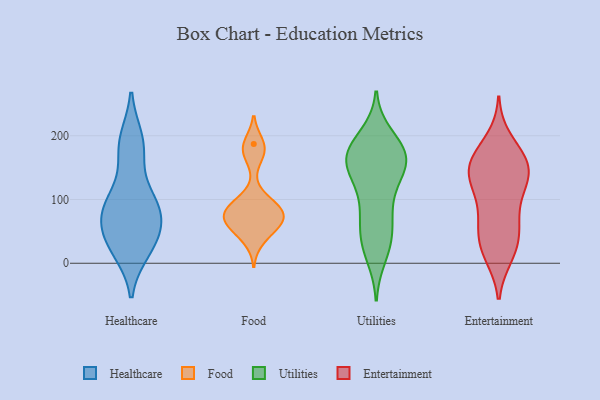
{"axis": {"x": "Net Income (USD K)", "y": "Value"}, "legend": ["Entertainment", "Food", "Healthcare", "Utilities"], "data": [{"x": "", "y": 180, "type": "Healthcare"}, {"x": "", "y": 58, "type": "Healthcare"}, {"x": "", "y": 91, "type": "Healthcare"}, {"x": "", "y": 192, "type": "Healthcare"}, {"x": "", "y": 89, "type": "Healthcare"}, {"x": "", "y": 27, "type": "Healthcare"}, {"x": "", "y": 22, "type": "Healthcare"}, {"x": "", "y": 83, "type": "Healthcare"}, {"x": "", "y": 84, "type": "Healthcare"}, {"x": "", "y": 35, "type": "Healthcare"}, {"x": "", "y": 182, "type": "Healthcare"}, {"x": "", "y": 40, "type": "Healthcare"}, {"x": "", "y": 100, "type": "Healthcare"}, {"x": "", "y": 89, "type": "Food"}, {"x": "", "y": 92, "type": "Food"}, {"x": "", "y": 93, "type": "Food"}, {"x": "", "y": 70, "type": "Food"}, {"x": "", "y": 187, "type": "Food"}, {"x": "", "y": 57, "type": "Food"}, {"x": "", "y": 76, "type": "Food"}, {"x": "", "y": 74, "type": "Food"}, {"x": "", "y": 179, "type": "Food"}, {"x": "", "y": 69, "type": "Food"}, {"x": "", "y": 38, "type": "Food"}, {"x": "", "y": 172, "type": "Food"}, {"x": "", "y": 58, "type": "Food"}, {"x": "", "y": 187, "type": "Utilities"}, {"x": "", "y": 199, "type": "Utilities"}, {"x": "", "y": 178, "type": "Utilities"}, {"x": "", "y": 166, "type": "Utilities"}, {"x": "", "y": 40, "type": "Utilities"}, {"x": "", "y": 12, "type": "Utilities"}, {"x": "", "y": 76, "type": "Utilities"}, {"x": "", "y": 25, "type": "Utilities"}, {"x": "", "y": 169, "type": "Utilities"}, {"x": "", "y": 135, "type": "Utilities"}, {"x": "", "y": 91, "type": "Utilities"}, {"x": "", "y": 180, "type": "Utilities"}, {"x": "", "y": 161, "type": "Utilities"}, {"x": "", "y": 146, "type": "Utilities"}, {"x": "", "y": 159, "type": "Utilities"}, {"x": "", "y": 102, "type": "Utilities"}, {"x": "", "y": 36, "type": "Utilities"}, {"x": "", "y": 158, "type": "Utilities"}, {"x": "", "y": 147, "type": "Utilities"}, {"x": "", "y": 60, "type": "Utilities"}, {"x": "", "y": 174, "type": "Entertainment"}, {"x": "", "y": 194, "type": "Entertainment"}, {"x": "", "y": 14, "type": "Entertainment"}, {"x": "", "y": 121, "type": "Entertainment"}, {"x": "", "y": 21, "type": "Entertainment"}, {"x": "", "y": 155, "type": "Entertainment"}, {"x": "", "y": 137, "type": "Entertainment"}, {"x": "", "y": 145, "type": "Entertainment"}, {"x": "", "y": 51, "type": "Entertainment"}, {"x": "", "y": 158, "type": "Entertainment"}, {"x": "", "y": 37, "type": "Entertainment"}, {"x": "", "y": 108, "type": "Entertainment"}, {"x": "", "y": 67, "type": "Entertainment"}, {"x": "", "y": 12, "type": "Entertainment"}, {"x": "", "y": 136, "type": "Entertainment"}, {"x": "", "y": 166, "type": "Entertainment"}, {"x": "", "y": 56, "type": "Entertainment"}, {"x": "", "y": 121, "type": "Entertainment"}, {"x": "", "y": 79, "type": "Entertainment"}, {"x": "", "y": 155, "type": "Entertainment"}]}